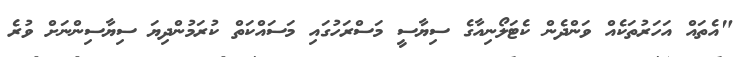
"އެތައް އަހަރުތަކެއް ވަންދެން ކެޓަލޯނިއާގެ ސިޔާސީ މަސްރަހުގައި މަސައްކަތް ކުރަމުންދިޔަ ސިޔާސިންނަށް ވުރެ